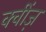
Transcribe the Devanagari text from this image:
क्वींज़